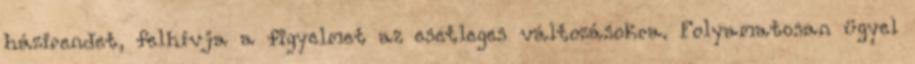
házirendet, felhívja a figyelmet az esetleges változásokra. Folyamatosan ügyel